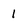
Character: 1